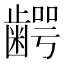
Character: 𮯋